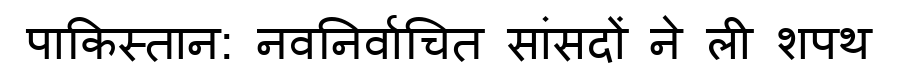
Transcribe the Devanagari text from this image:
पाकिस्तान: नवनिर्वाचित सांसदों ने ली शपथ